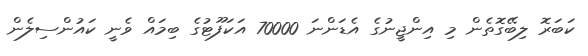
ކަބަރޮ ލިބޭގޮތެން މި އިންޖީނުގެ އެޑަންނަ 70000 އަކަފޫޓުގެ ބިމައް ވެނީ ކައުންސިލެން